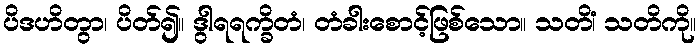
ပိဒဟိတွာ၊ ပိတ်၍။ ဒွါရရက္ခိတံ၊ တံခါးစောင့်ဖြစ်သော။ သတိံ၊ သတိကို။